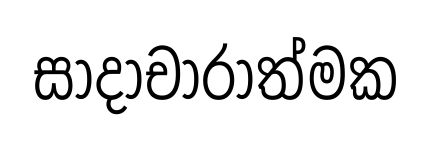
සාදාචාරාත්මක